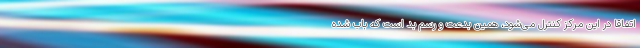
اتفاقاً در این مرکز کنترل می‌شود، همین بدعت و رسم بد است که باب شده